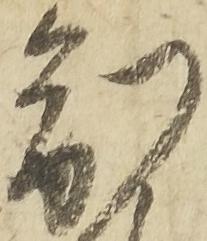
制